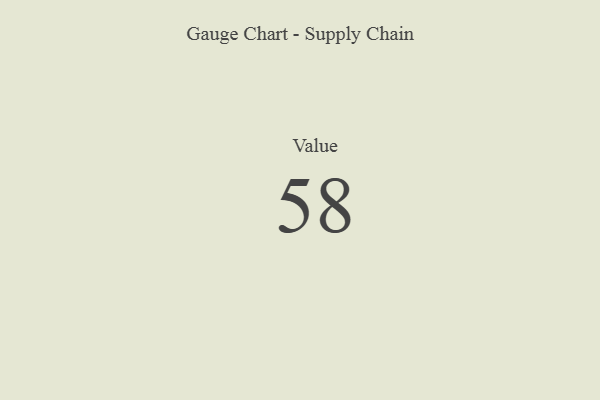
{"axis": {"x": "Metric", "y": "Value"}, "legend": [""], "data": [{"x": "Value", "y": 58, "type": ""}]}